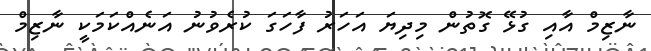
ނާޒިމް އާއި ގުޅޭ ގޮތުން މިދިޔަ އަހަރު ފާހަގަ ކުރެވުނު އަނެއްކަމަކީ ނާޒިމް